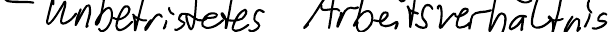
- unbefristetes Arbeitsverhältnis